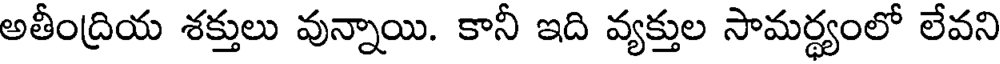
అతీంద్రియ శక్తులు వున్నాయి. కానీ ఇది వ్యక్తుల సామర్థ్యంలో లేవని